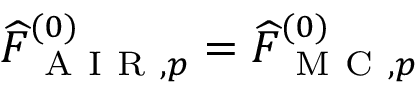
\widehat { F } _ { \mathrm { ~ A ~ I ~ R ~ } , p } ^ { ( 0 ) } = \widehat { F } _ { \mathrm { ~ M ~ C ~ } , p } ^ { ( 0 ) }